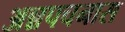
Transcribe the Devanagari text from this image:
अन्नपचनास